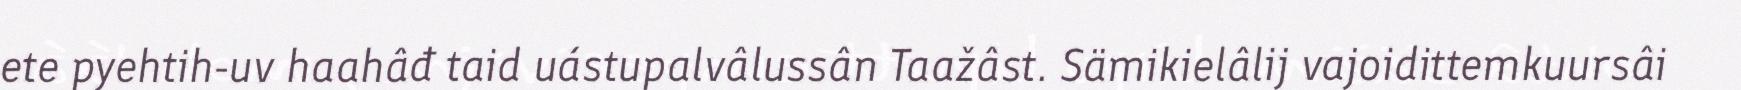
ete pyehtih-uv haahâđ taid uástupalvâlussân Taažâst. Sämikielâlij vajoidittemkuursâi